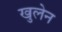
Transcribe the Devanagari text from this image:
खुलेन